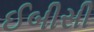
ઈબીસી